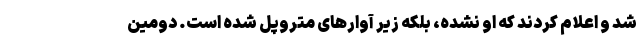
شد و اعلام کردند که او نشده، بلکه زیر آوارهای متروپل شده است. دومین